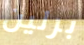
برلين